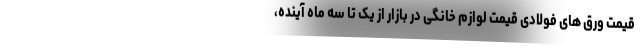
قیمت ورق های فولادی قیمت لوازم خانگی در بازار از یک تا سه ماه آینده،